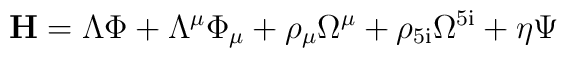
\rm{\bf{H}}=\Lambda{\Phi}+\Lambda^\mu{\Phi}_\mu+\rho_{\mu}\Omega^{\mu}+\rho_{5i}\Omega^{5i}+\eta\Psi